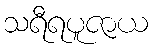
သရီရပူဇာယ